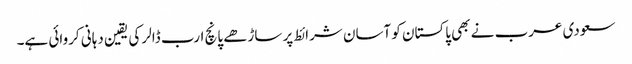
سعودی عرب نے بھی پاکستان کو آسان شرائط پر ساڑھے پانچ ارب ڈالر کی یقین دہانی کروائی ہے۔